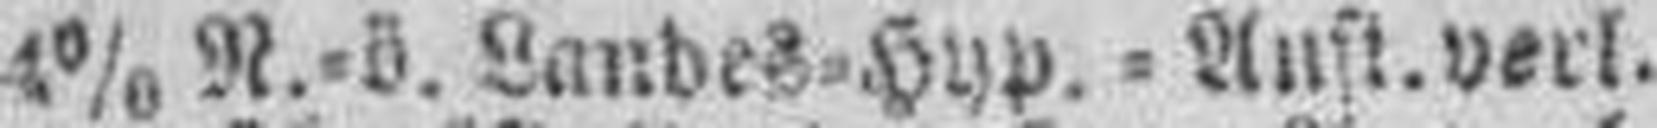
4% N.=ö. Landes=Hyp.=Aufl. verl.